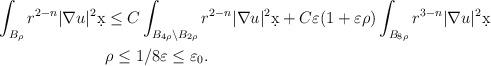
LaTeX: \begin{align*}\int_{B_{\rho}} r^{2-n} |\nabla u|^2 \d x &\leq C \int_{B_{4\rho} \setminus B_{2\rho}} r^{2-n} |\nabla u|^2 \d x + C \varepsilon(1 + \varepsilon \rho) \int_{B_{8\rho}} r^{3-n}|\nabla u|^2 \d x\\& \rho \leq 1/8 \varepsilon \leq \varepsilon_0.\end{align*}